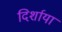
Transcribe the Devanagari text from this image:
दिर्शाया